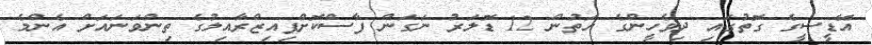
އޭޑީސީގެ ގޮތުގައި ދިވެހީންގެ އަތުން 12 ޑޮލަރު ނަގަން ފާސްކޮށްފިއިޒްރާއިލުގެ ތިންވަނައަށް އެންމެ